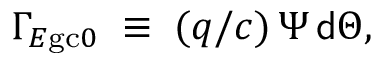
\Gamma _ { E \mathrm { g c } 0 } \; \equiv \; ( q / c ) \, \Psi \, { \sf d } \Theta ,